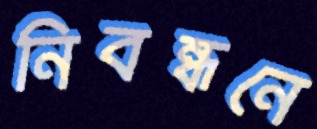
নিবন্ধনে